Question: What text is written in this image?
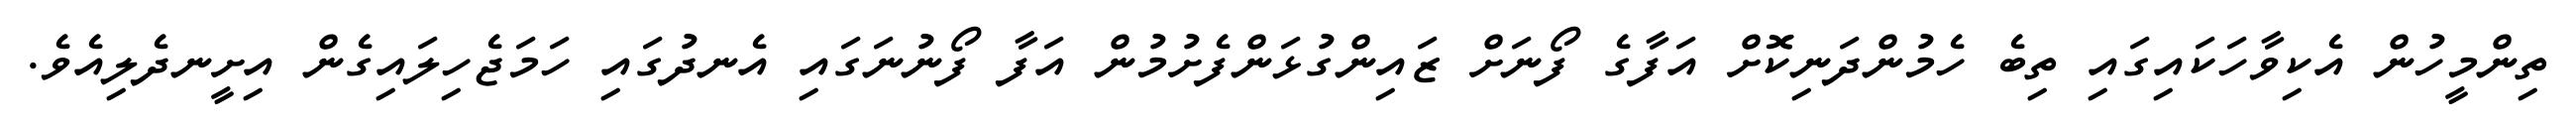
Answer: ތިންމީހުން އެކިވާހަކައިގައި ތިބެ ހެމުންދަނިކޮށް އަފާގެ ފޯނަށް ޒައިންގުޅަންފެށުމުން އަފާ ފޯނުނަގައި އެނދުގައި ހަމަޖެހިލައިގެން އިށީނދެލިއެވެ.